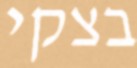
בצקי